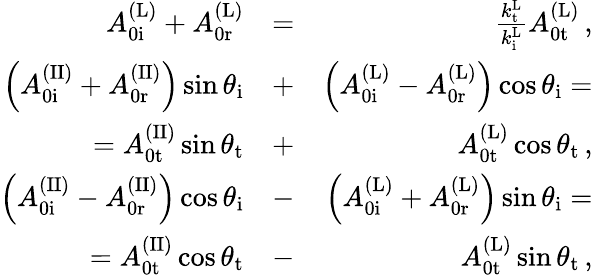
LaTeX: \begin{array}{rlr}{A_{\mathrm{0i}}^{\mathrm{(L)}}+A_{\mathrm{0r}}^{\mathrm{(L)}}}&{=}&{\frac{k_{\mathrm{t}}^{\mathrm{L}}}{k_{\mathrm{i}}^{\mathrm{L}}}A_{\mathrm{0t}}^{\mathrm{(L)}}\, ,}\\ {\left(A_{\mathrm{0i}}^{\mathrm{(II)}}+A_{\mathrm{0r}}^{\mathrm{(II)}}\right)\sin\theta_{\mathrm{i}}}&{+}&{\left(A_{\mathrm{0i}}^{\mathrm{(L)}}-A_{\mathrm{0r}}^{\mathrm{(L)}}\right)\cos\theta_{\mathrm{i}}=}\\ {=A_{\mathrm{0t}}^{\mathrm{(II)}}\sin\theta_{\mathrm{t}}}&{+}&{A_{\mathrm{0t}}^{\mathrm{(L)}}\cos\theta_{\mathrm{t}}\, ,}\\ {\left(A_{\mathrm{0i}}^{\mathrm{(II)}}-A_{\mathrm{0r}}^{\mathrm{(II)}}\right)\cos\theta_{\mathrm{i}}}&{-}&{\left(A_{\mathrm{0i}}^{\mathrm{(L)}}+A_{\mathrm{0r}}^{\mathrm{(L)}}\right)\sin\theta_{\mathrm{i}}=}\\ {=A_{\mathrm{0t}}^{\mathrm{(II)}}\cos\theta_{\mathrm{t}}}&{-}&{A_{\mathrm{0t}}^{\mathrm{(L)}}\sin\theta_{\mathrm{t}}\, ,}\end{array}